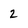
Character: 2